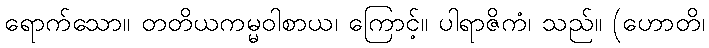
ရောက်သော။ တတိယကမ္မဝါစာယ၊ ကြောင့်။ ပါရာဇိကံ၊ သည်။ (ဟောတိ၊